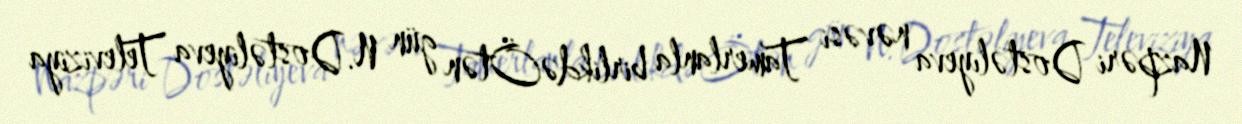
Nazpəri Dostəlıyeva nəvəsi Tamerlanla birlikdəÖtən gün N.Dostəliyeva Televiziya